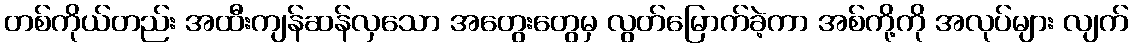
တစ်ကိုယ်တည်း အထီးကျန်ဆန်လှသော အတွေးတွေမှ လွတ်မြောက်ခဲ့ကာ အစ်ကို့ကို အလုပ်များ လျက်